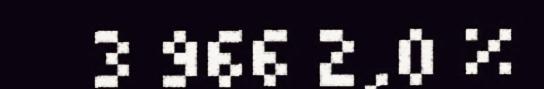
3 966 2,0 %